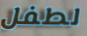
لطفل